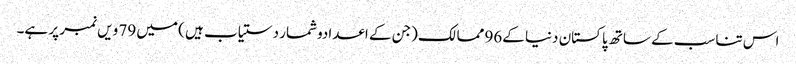
اس تناسب کے ساتھ پاکستان دنیا کے96 ممالک (جن کے اعدادوشمار دستیاب ہیں ) میں 79 ویں نمبر پر ہے۔